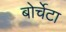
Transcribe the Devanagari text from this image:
बोर्चेटा